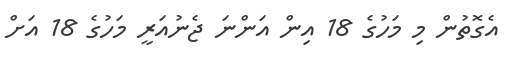
އެގޮތުން މި މަހުގެ 18 އިން އަންނަ ޖެނުއަރީ މަހުގެ 18 އަށް